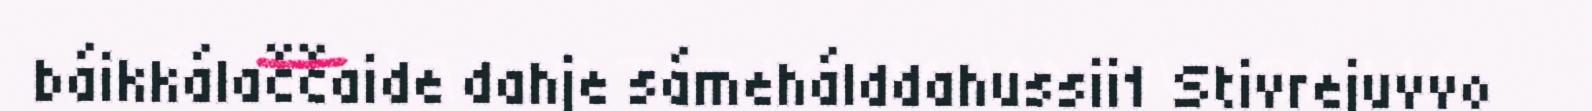
báikkálaččaide dahje sámehálddahussii1 Stivrejuvvo